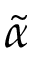
\tilde { \alpha }